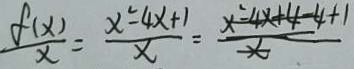
\frac { f ( x ) } { x } = \frac { x ^ { 2 } - 4 x + 1 } { x } = \frac { x ^ { 2 } - 4 x + 4 - 4 + 1 } { x }